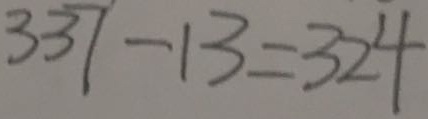
3 3 7 - 1 3 = 3 2 4